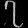
Digit: ၇